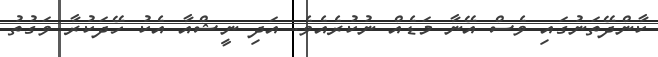
ކާންދޭތަނުގައި ވެސް އޭނާ މަޑެއް ނުކުރެއެވެ. އަދި ނީޝްއާ އެކު ހޭދަކުރާ ވަގުތު